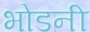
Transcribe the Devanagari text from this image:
भोडनी